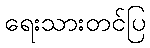
ရေးသားတင်ပြ